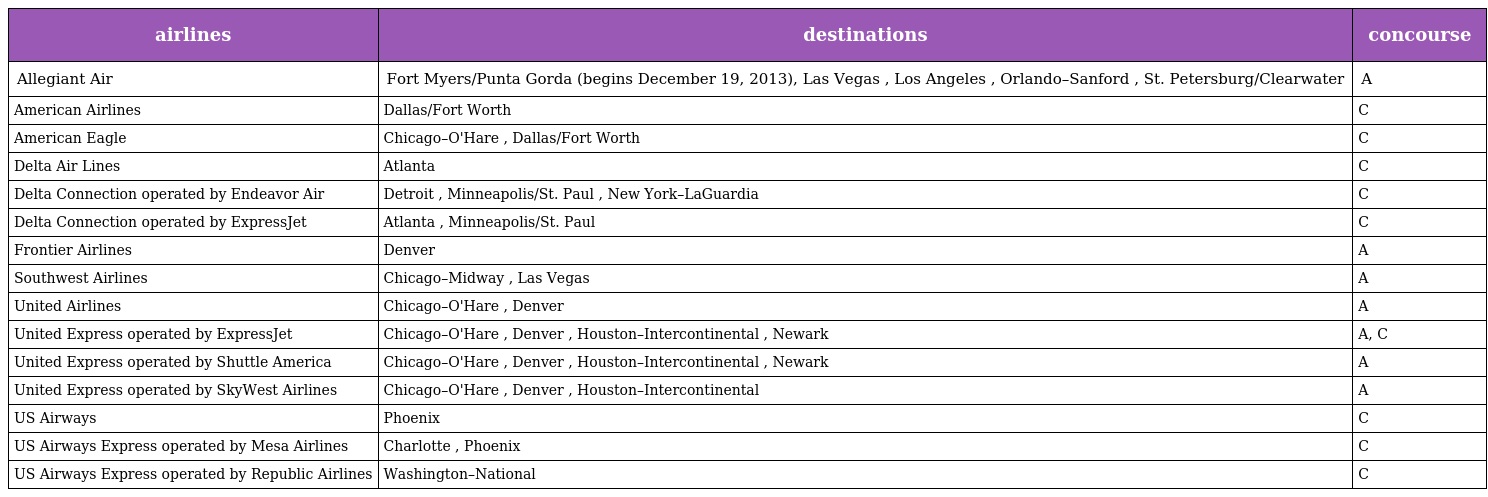
| airlines | destinations | concourse |
 | --- | --- | --- |
 | Allegiant Air | Fort Myers/Punta Gorda (begins December 19, 2013), Las Vegas , Los Angeles , Orlando–Sanford , St. Petersburg/Clearwater | A |
 | American Airlines | Dallas/Fort Worth | C |
 | American Eagle | Chicago–O'Hare , Dallas/Fort Worth | C |
 | Delta Air Lines | Atlanta | C |
 | Delta Connection operated by Endeavor Air | Detroit , Minneapolis/St. Paul , New York–LaGuardia | C |
 | Delta Connection operated by ExpressJet | Atlanta , Minneapolis/St. Paul | C |
 | Frontier Airlines | Denver | A |
 | Southwest Airlines | Chicago–Midway , Las Vegas | A |
 | United Airlines | Chicago–O'Hare , Denver | A |
 | United Express operated by ExpressJet | Chicago–O'Hare , Denver , Houston–Intercontinental , Newark | A, C |
 | United Express operated by Shuttle America | Chicago–O'Hare , Denver , Houston–Intercontinental , Newark | A |
 | United Express operated by SkyWest Airlines | Chicago–O'Hare , Denver , Houston–Intercontinental | A |
 | US Airways | Phoenix | C |
 | US Airways Express operated by Mesa Airlines | Charlotte , Phoenix | C |
 | US Airways Express operated by Republic Airlines | Washington–National | C |